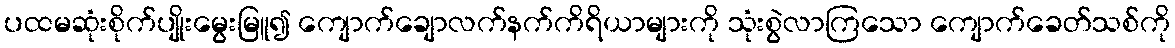
ပထမဆုံးစိုက်ပျိုးမွေးမြူ၍ ကျောက်ချောလက်နက်ကိရိယာများကို သုံးစွဲလာကြသော ကျောက်ခေတ်သစ်ကို